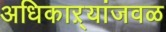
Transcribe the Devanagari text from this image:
अधिकाऱ्यांजवळ